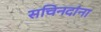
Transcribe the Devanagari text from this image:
सचिनदांना